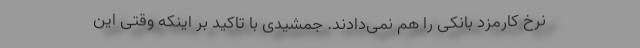
نرخ کارمزد بانکی را هم نمی‌دادند. جمشیدی با تاکید بر اینکه وقتی این